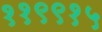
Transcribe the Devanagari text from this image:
११९९१५